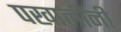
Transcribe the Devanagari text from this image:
पखालींनी